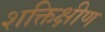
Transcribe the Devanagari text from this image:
शक्तिक्षीण